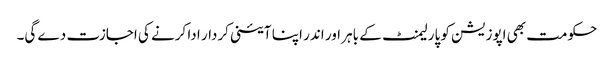
حکومت بھی اپوزیشن کو پارلیمنٹ کے باہر اور اندر اپنا آئینی کردار ادا کرنے کی اجازت دے گی۔